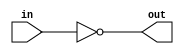
`timescale 1ns / 1ps

module NotX16(
    input [16:0] in,
    output [16:0] out
    );
    
    assign out = ~ in;

endmodule